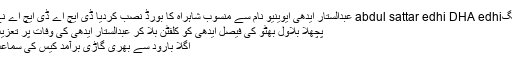
ٹیگabdul sattar edhi DHA edhi عبدالستار ایدھی ایوینیو نام سے منسوب شاہراہ کا بورڈ نصب کردیا ڈی ایچ اے ڈی ایچ اے نے
پچھلا بلاول بھٹو کی فیصل ایدھی کو کلفٹن بلا کر عبدالستار ایدھی کی وفات پر تعزیت
اگلا بارود سے بھری گاڑی برآمد کیس کی سماعت